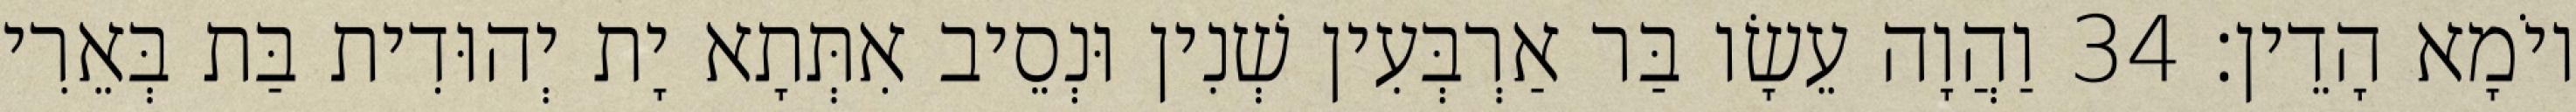
יוֹמָא הָדֵין׃ 34 וַהֲוָה עֵשָׂו בַּר אַרְבְּעִין שְׁנִין וּנְסֵיב אִתְּתָא יָת יְהוּדִית בַּת בְּאֵרִי